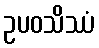
ဥပဝသိဿံ